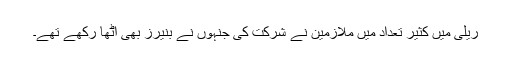
ریلی میں کثیر تعداد میں ملازمین نے شرکت کی جنہوں نے بنیرز بھی اٹھا رکھے تھے۔